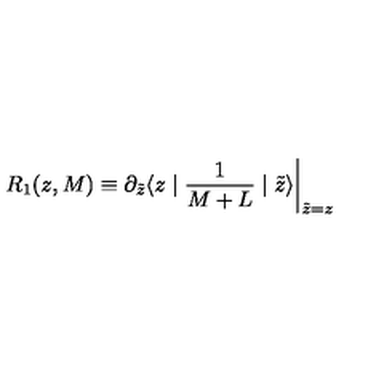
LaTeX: R _ { 1 } ( z , M ) \equiv \partial _ { \tilde { z } } \langle z \mid { \frac { 1 } { M + L } } \mid \tilde { z } \rangle \biggl \vert _ { \tilde { z } = z }